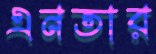
এনতার